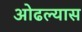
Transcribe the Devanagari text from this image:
ओढल्यास